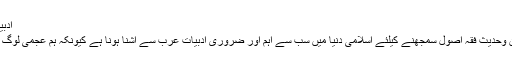
ادبیات:
قرآن وحدیث فقہ اصول سمجھنے کیلئے اسلامی دنیا میں سب سے اہم اور ضروری ادبیات عرب سے آشنا ہونا ہے کیونکہ ہم عجمی لوگ ہیں۔